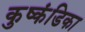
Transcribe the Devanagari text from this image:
कुष्कंडिका